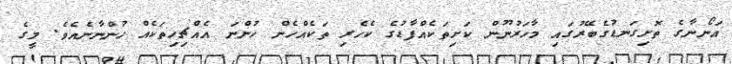
އަނޯނާގެ ތޮށިގަނޑުގެބޭރުގައި މާހަރުނޫން ކަށިތަކެއްފާޑުގެ ކެހެރި ތަކެއްހެން ހުންނަ އެއްޗިހިތަކެއް ހުންނާނެއެވެ. މީގެ